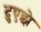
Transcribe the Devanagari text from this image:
दुएझे